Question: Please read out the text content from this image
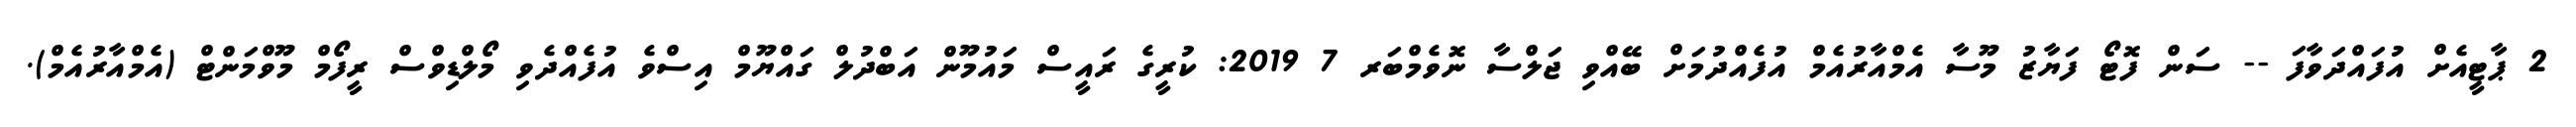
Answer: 2 ޕާޓީއެށް އުފައްދަވާފަ -- ސަން ފޮޓޯ ފަޔާޒު މޫސާ އެމްއާރުއެމް އުފެއްދުމަށް ބޭއްވި ޖަލްސާ ނޮވެމްބަރ 7 2019: ކުރީގެ ރައީސް މައުމޫން އަބްދުލް ގައްޔޫމް އިސްވެ އުފެއްދެވި މޯލްޑިވްސް ރީފޯމް މޫވްމަންޓް (އެމްއާރުއެމް).